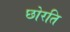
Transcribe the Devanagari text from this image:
छोरति